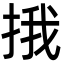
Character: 㧴